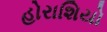
હોરાશિયો